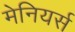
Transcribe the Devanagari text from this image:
मेनियर्स